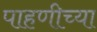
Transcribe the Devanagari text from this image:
पाहणीच्या